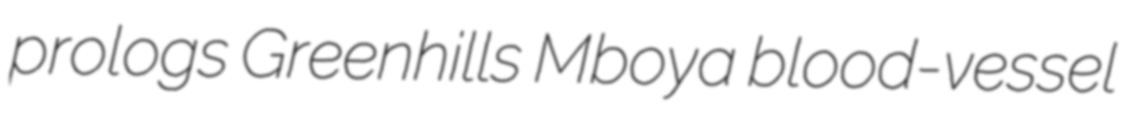
prologs Greenhills Mboya blood-vessel